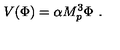
V ( \Phi ) = \alpha M _ { p } ^ { 3 } \Phi \ .